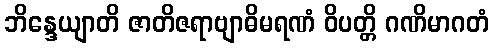
ဘိန္ဒေယျာတိ ဇာတိဇရာဗျာဓိမရဏံ ဝိပတ္တိ ဂဏိမာဂတံ